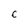
Character: c